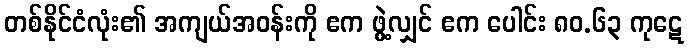
တစ်နိုင်ငံလုံး၏ အကျယ်အဝန်းကို ဧက ဖွဲ့လျှင် ဧက ပေါင်း ၈၀.၆၃ ကုဋေ